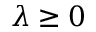
\lambda \geq 0